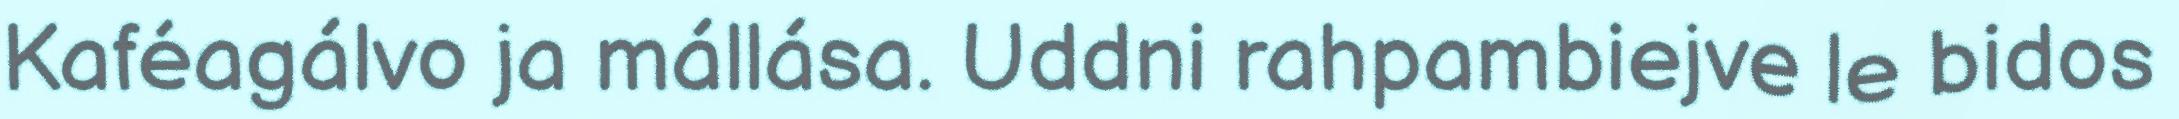
Kaféagálvo ja mállása. Uddni rahpambiejve le bidos